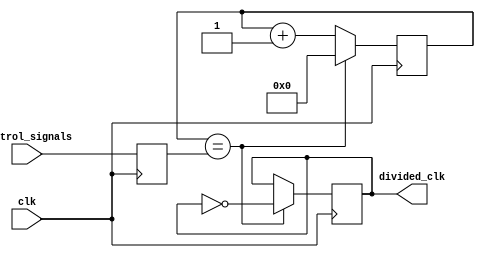
module fractional_clock_divider (
    input wire clk,
    input wire [7:0] control_signals,
    output wire divided_clk
);

reg [15:0] counter;
reg [7:0] divider_value;
reg divided_clk_reg;

always @(posedge clk) begin
    if (counter == divider_value) begin
        counter <= 0;
        divided_clk_reg <= ~divided_clk_reg;
    end else begin
        counter <= counter + 1;
    end
end

always @(posedge clk) begin
    divider_value <= control_signals;
end

assign divided_clk = divided_clk_reg;

endmodule